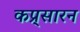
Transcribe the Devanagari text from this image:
कप्र्सारन